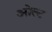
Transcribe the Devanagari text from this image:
ओल्ट